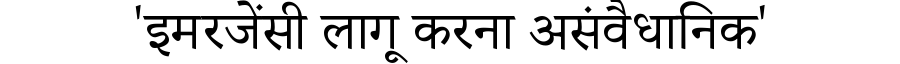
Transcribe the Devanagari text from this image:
'इमरजेंसी लागू करना असंवैधानिक'